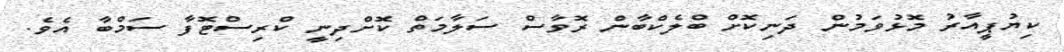
ކިޔުޕީއާރު މޮޅުވަމުން ދަނިކޮށް ބްލެކްބާން ރޮވާސް ސަލާމަތް ކޮށްދިނީ ކްރިސްޓޮފާ ސަމްބާ އެވެ.